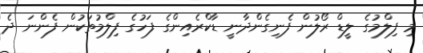
މި ފިލްމުގެ ލީޑް ރޯލުން ފެނިގެންދާނީ ޑާކްރެއިންގެ ފަހުގެ ފިލްމުތަކުން ފެންނަ ދެ